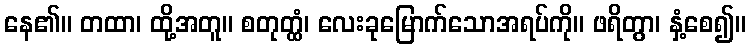
နေ၏။ တထာ၊ ထို့အတူ။ စတုတ္ထံ၊ လေးခုမြောက်သောအရပ်ကို။ ဖရိတွာ၊ နှံ့စေ၍။